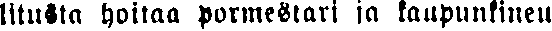
litusta hoitaa Pormestari ja kaupunkineu